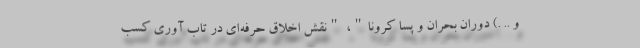
و .. .) دوران بحران و پسا کرونا"، "نقش اخلاق حرفه‌ای در تاب آوری کسب